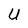
Character: U